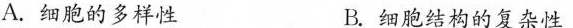
A.细胞的多样性 B.细胞结构的复杂性